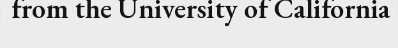
from the University of California